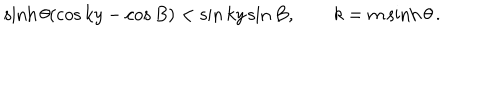
\sinh \theta ( \cos k y - \cos B ) < \sin k y \sin B , \qquad k = m \sinh \theta \, .